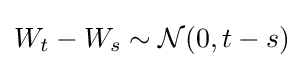
W_{t}-W_{s}\sim {\mathcal {N}}(0,t-s)